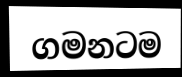
ගමනටම